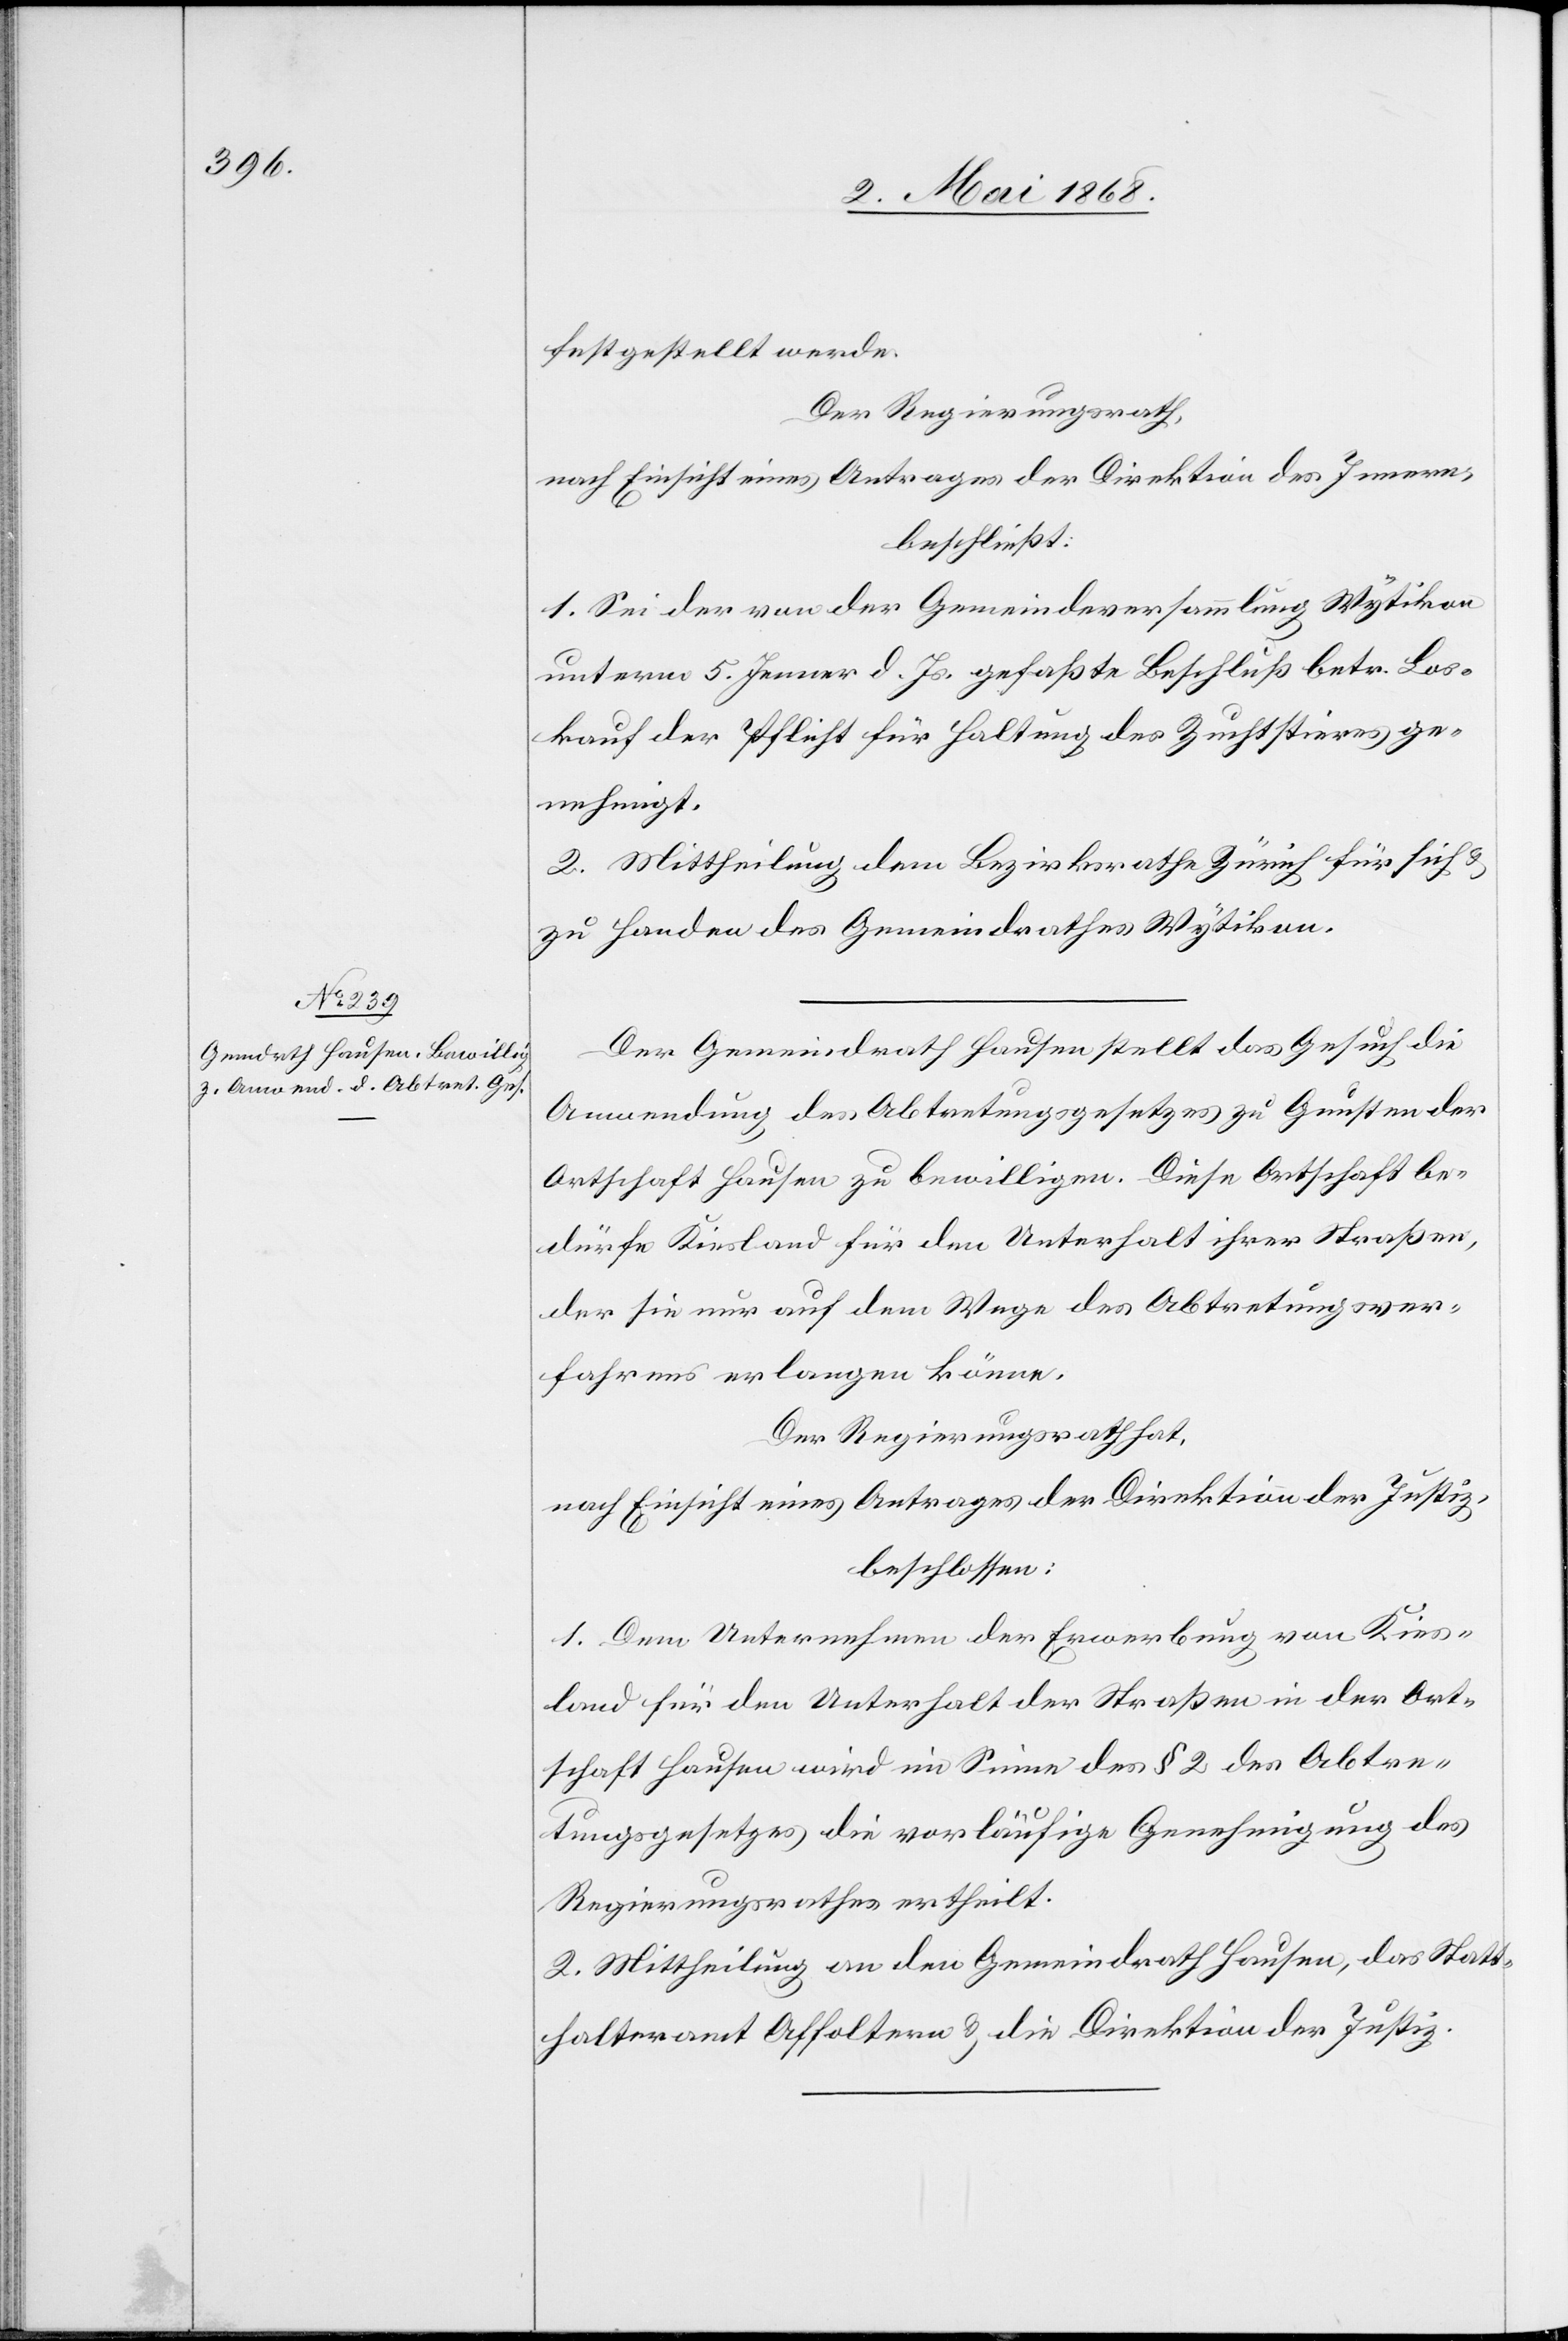
festgestellt werde.
Der Regierungsrath,
nach Einsicht eines Antrages der Direktion des Innern,
beschließt:
1. Sei der von der Gemeindeversammlung Wytikon
unterm 5. Jenner d. Js. gefaßte Beschluß betr. Los¬
kauf der Pflicht für Haltung des Zuchtstieres ge¬
nehmigt.
2. Mittheilung dem Bezirksrathe Zürich für sich &
zu Handen des Gemeindrathes Wytikon.
Der Gemeindrath Hausen stellt das Gesuch die
Anwendung des Abtretungsgesetzes zu Gunsten der
Ortschaft Hausen zu bewilligen. Diese Ortschaft be¬
dürfe Kiesland für den Unterhalt ihrer Straßen,
[sic!] sie nur auf dem Wege des Abtretungsver¬
fahrens erlangen könne.
Der Regierungsrath hat,
nach Einsicht eines Antrages der Direktion der Justiz,
beschlossen:
1. Dem Unternehmen der Erwerbung von Kies¬
land für den Unterhalt der Straßen in der Ort¬
schaft Hausen wird im Sinne des § 2 des Abtre¬
tungsgesetzes die vorläufige Genehmigung des
Regierungsrathes ertheilt.
2. Mittheilung an den Gemeindrath Hausen, das Statt¬
halteramt Affoltern & die Direktion der Justiz.